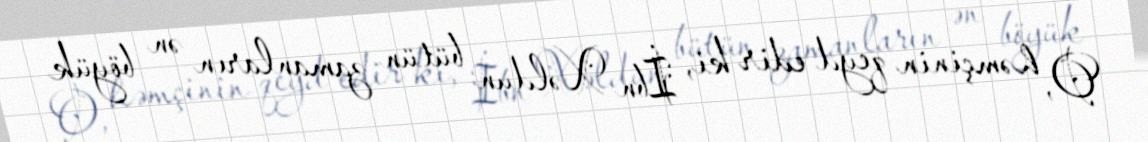
O, həmçinin qeyd edir ki, İbn Xəldun bütün zamanların ən böyük